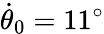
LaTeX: \dot{\theta}_{0}=11{}^{\circ}